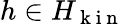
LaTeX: h\in H_{\mathrm{~k~i~n~}}